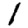
Digit: 1